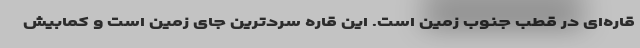
قاره‌ای در قطب جنوب زمین است. این قاره سردترین جای زمین است و کمابیش